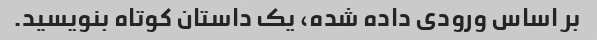
بر اساس ورودی داده شده، یک داستان کوتاه بنویسید.